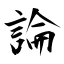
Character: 論